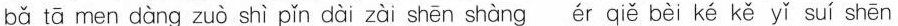
bǎ tā men dàng zuò shì pǐn dài zài shēn shàng ér qiě bèi ké kě yǐ suí shēn